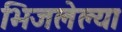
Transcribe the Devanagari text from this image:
भिजलेल्या